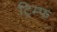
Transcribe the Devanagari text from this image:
ट्रिम्फ